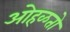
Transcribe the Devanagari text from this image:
ओहळतो